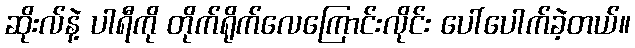
ဆိုးလ်နဲ့ ပါရီကို တိုက်ရိုက်လေကြောင်းလိုင်း ပေါ်ပေါက်ခဲ့တယ်။